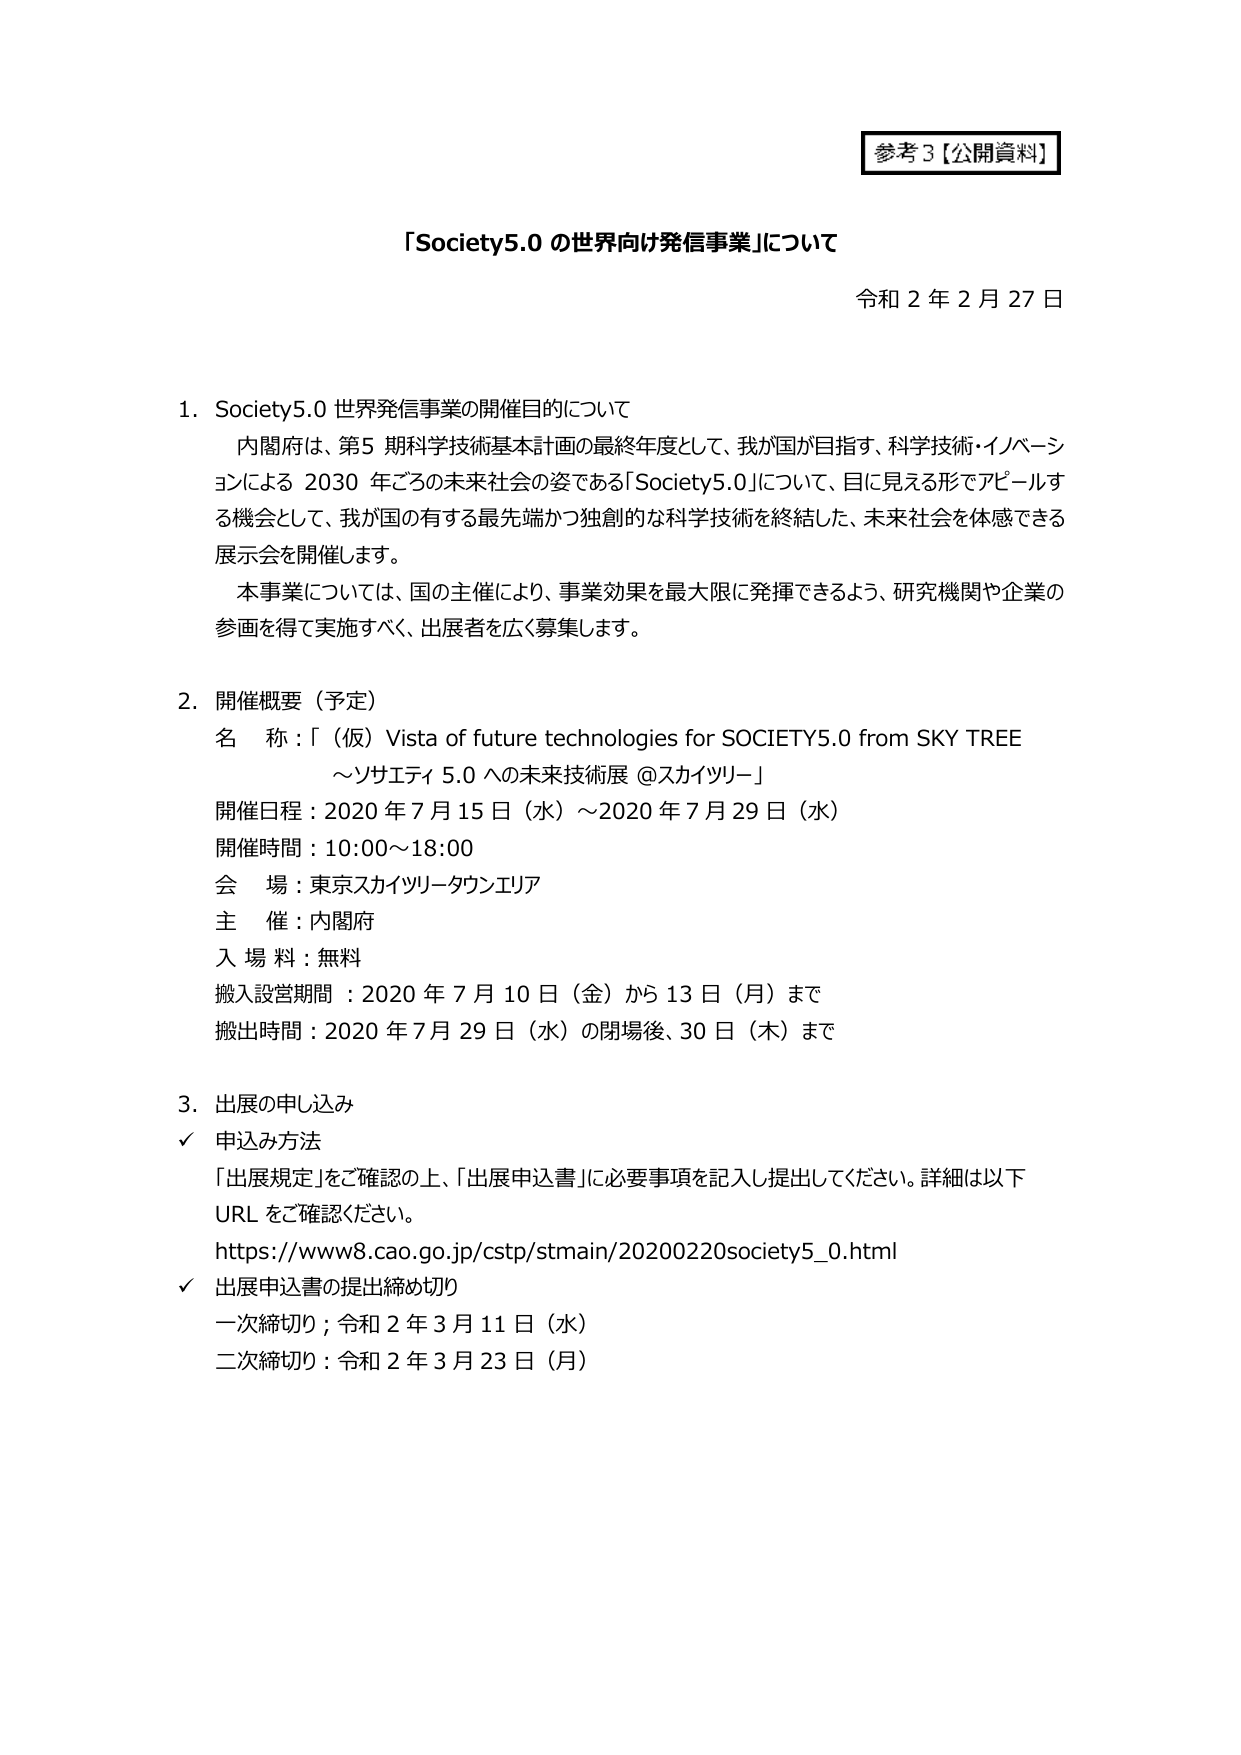
参考3【公開資料】

「Society5.0 の世界向け発信事業」について

令和２年２月27日

1. Society5.0 世界発信事業の開催目的について

内閣府は、第5期科学技術基本計画の最終年度として、我が国が目指す、科学技術・イノベーションによる 2030 年ごろの未来社会の姿である「Society5.0」について、目に見える形でアピールする機会として、我が国の有する最先端かつ独創的な科学技術を終結した、未来社会を体感できる展示会を開催します。

本事業については、国の主催により、事業効果を最大限に発揮できるよう、研究機関や企業の参画を得て実施すべく、出展者を広く募集します。

2. 開催概要（予定）

名称：「（仮）Vista of future technologies for SOCIETY5.0 from SKY TREE
～ソサエティ 5.0 への未来技術展 @スカイツリー」

開催日程：2020年7月15日（水）～2020年7月29日（水）

開催時間：10:00～18:00

会場：東京スカイツリータウンエリア

主催：内閣府

入場料：無料

搬入設営期間：2020年7月10日（金）から13日（月）まで

搬出時間：2020年7月29日（水）の閉場後、30日（木）まで

3. 出展の申し込み

✓ 申込み方法

「出展規定」をご確認の上、「出展申込書」に必要事項を記入し提出してください。詳細は以下 URL をご確認ください。

https://www8.cao.go.jp/cstp/stmain/20200220society5_0.html

✓ 出展申込書の提出締め切り

一次締切り；令和2年3月11日（水）

二次締切り：令和2年3月23日（月）